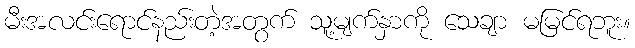
မီးအလင်းရောင်နည်းတဲ့အတွက် သူ့မျက်နှာကို သေချာ မမြင်ရဘူး။